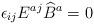
LaTeX: \begin{align*} \epsilon_{i j} E^{a j} \widehat B^a = 0\end{align*}